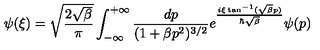
\psi ( { \xi } ) = \sqrt { \frac { 2 \sqrt { \beta } } { \pi } } \int _ { - \infty } ^ { + \infty } \frac { d p } { ( 1 + \beta p ^ { 2 } ) ^ { 3 / 2 } } e ^ { \frac { i { \xi } \tan ^ { - 1 } ( \sqrt { \beta } p ) } { \hbar \sqrt { \beta } } } \psi ( p )